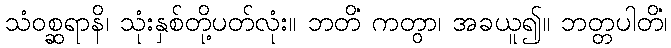
သံဝစ္ဆရာနိ၊ သုံးနှစ်တို့ပတ်လုံး။ ဘတိံ ကတွာ၊ အခယူ၍။ ဘတ္တပါတိံ၊